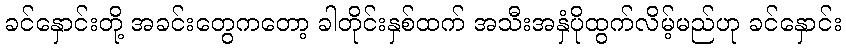
ခင်နှောင်းတို့ အခင်းတွေကတော့ ခါတိုင်းနှစ်ထက် အသီးအနှံပိုထွက်လိမ့်မည်ဟု ခင်နှောင်း